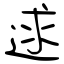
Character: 逑